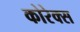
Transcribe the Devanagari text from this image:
कोरेक्स